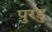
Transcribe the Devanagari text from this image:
पुरडु